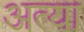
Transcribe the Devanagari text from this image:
अत्या